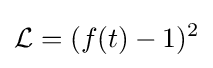
{\mathcal {L}}=(f(t)-1)^{2}